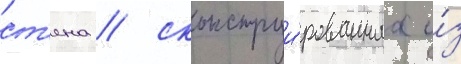
ст'ена / сконструи́рованнаа и́з